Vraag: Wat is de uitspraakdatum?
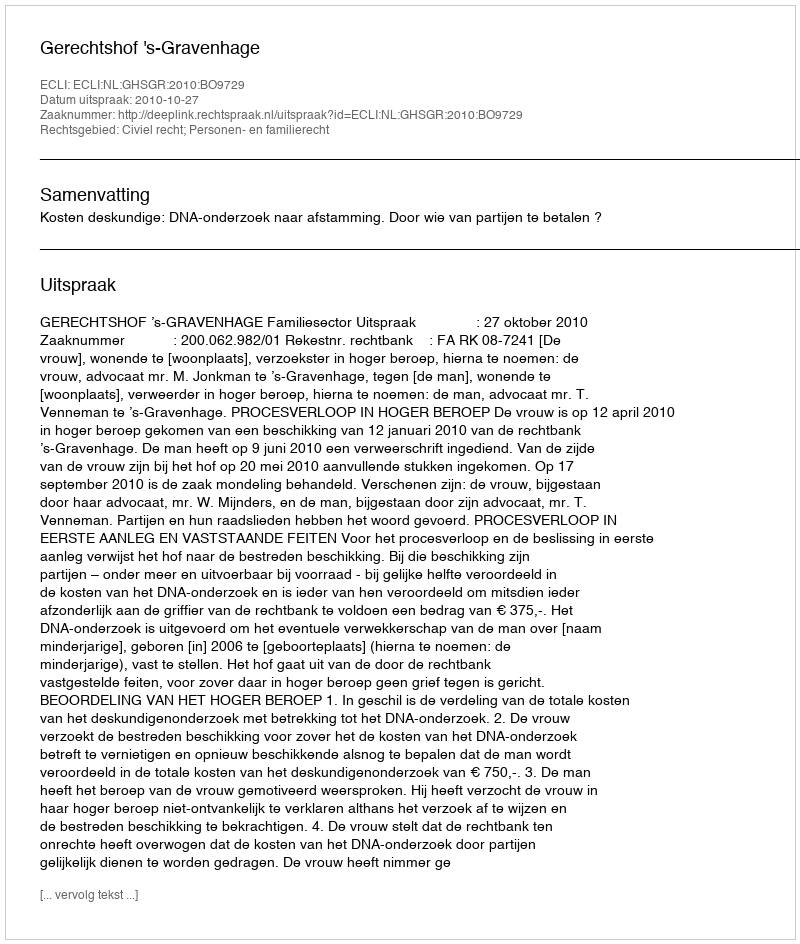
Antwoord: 2010-10-27